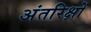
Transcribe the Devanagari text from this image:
अंतरिक्षों